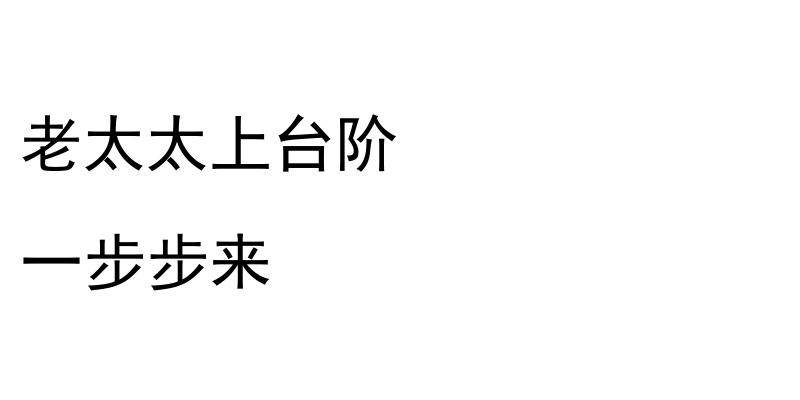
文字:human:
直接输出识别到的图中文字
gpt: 老太太上台阶 一步步来